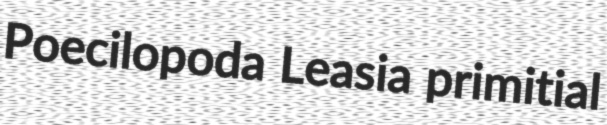
Poecilopoda Leasia primitial